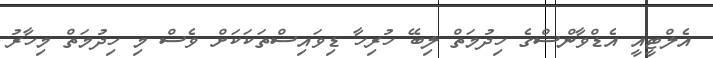
އެލްޓީއީ އެޑްވާންސްގެ ހިދުމަތް ލިބޭ ހުރިހާ ޑިވައިސްތަކަކަށް ވެސް މި ހިދުމަތް މިހާރު